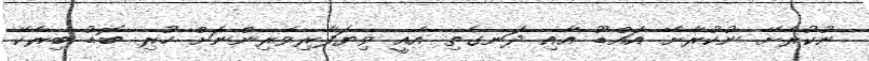
ނުކުރާށޭ ނުކުރާށޭ އައްޑޫ އާއި ދަނގެތި އެއީ ވިޔަފާރިވެރިންނަށް ހުރި ބޮޑު ބިރެކޭ